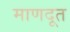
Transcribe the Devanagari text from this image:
माणदूत